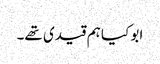
ابو کیا ہم قیدی تھے۔